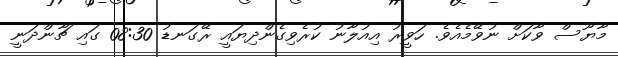
މާޔޫސް ވާކަށް ނުވޭމެއެވެ. ހަވީރު އިއުލާނު ކުރެވިގެންދިޔައީ ރޭގަނޑު 08:30 ގައި ޗާންދަނީ